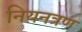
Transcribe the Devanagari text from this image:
नियनत्रण